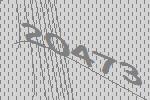
20473